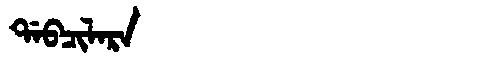
Manchu: ᡩᠠᠪᠴᡳᠯᠠᡵᠠ
Romanization: DABCILARA